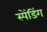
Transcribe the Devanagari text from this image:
स्पेंडिंग